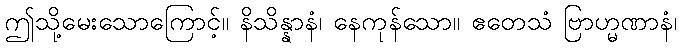
ဤသို့မေးသောကြောင့်။ နိသိန္နာနံ၊ နေကုန်သော။ ဧတေသံ ဗြာဟ္မဏာနံ၊